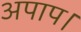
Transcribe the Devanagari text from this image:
अपाप।